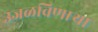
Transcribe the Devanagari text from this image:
उजळविणार्‍या